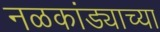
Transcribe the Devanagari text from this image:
नळकांड्याच्या